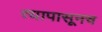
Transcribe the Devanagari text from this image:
त्यापासूनच